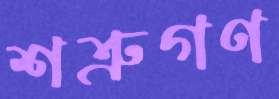
শত্রুগণ